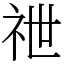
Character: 䄁